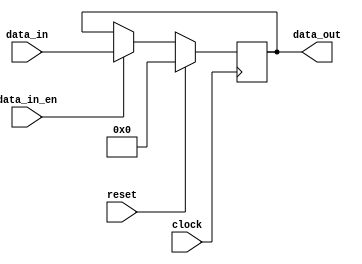
module cpu_register
  #(parameter WIDTH = 8)
   (
    input              clock,
    input              reset,
    input [WIDTH-1:0]  data_in,
    input              data_in_en,
    output [WIDTH-1:0] data_out
    );
   
   reg [WIDTH-1:0]     register;
   
   always @(posedge clock)
     begin
        if (reset)
          register <= 0;
        else if (data_in_en) 
          register <= data_in;         
     end
   
   assign data_out = register;
   
endmodule